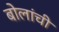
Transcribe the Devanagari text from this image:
बोलांची